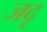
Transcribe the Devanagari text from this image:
जदृ